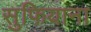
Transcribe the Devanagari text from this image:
सुफियाना